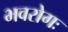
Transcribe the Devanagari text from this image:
भवरोगः